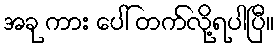
အခု ကား ပေါ် တက်လို့ရပါပြီ။